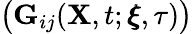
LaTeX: \big(\mathbf{G}_{ij}(\mathbf{X},t;\pmb{\xi},\tau)\big)